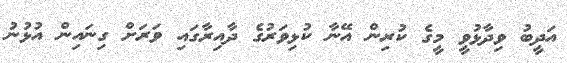
އަދީބު ވިދާޅުވީ މީގެ ކުރިން އޭނާ ކުޅިވަރުގެ ދާއިރާގައި ވަރަށް ގިނައިން އުޅުނު